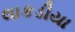
લાકડીયા